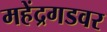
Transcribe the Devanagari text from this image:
महेंद्रगडवर